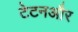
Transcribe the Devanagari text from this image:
टेटनऔर